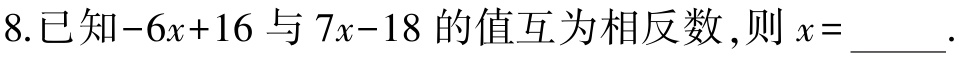
8.已知\(-6x + 16\)与\(7x - 18\)的值互为相反数，则\(x =\)____.